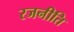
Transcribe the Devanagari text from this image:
रजनीति